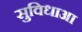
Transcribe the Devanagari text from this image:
सुविधाआ